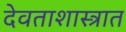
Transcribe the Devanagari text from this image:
देवताशास्त्रात